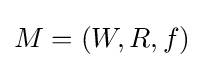
M=(W,R,f)